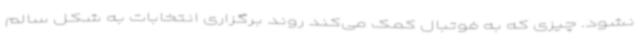
نشود. چیزی که به فوتبال کمک می‌کند روند برگزاری انتخابات به شکل سالم